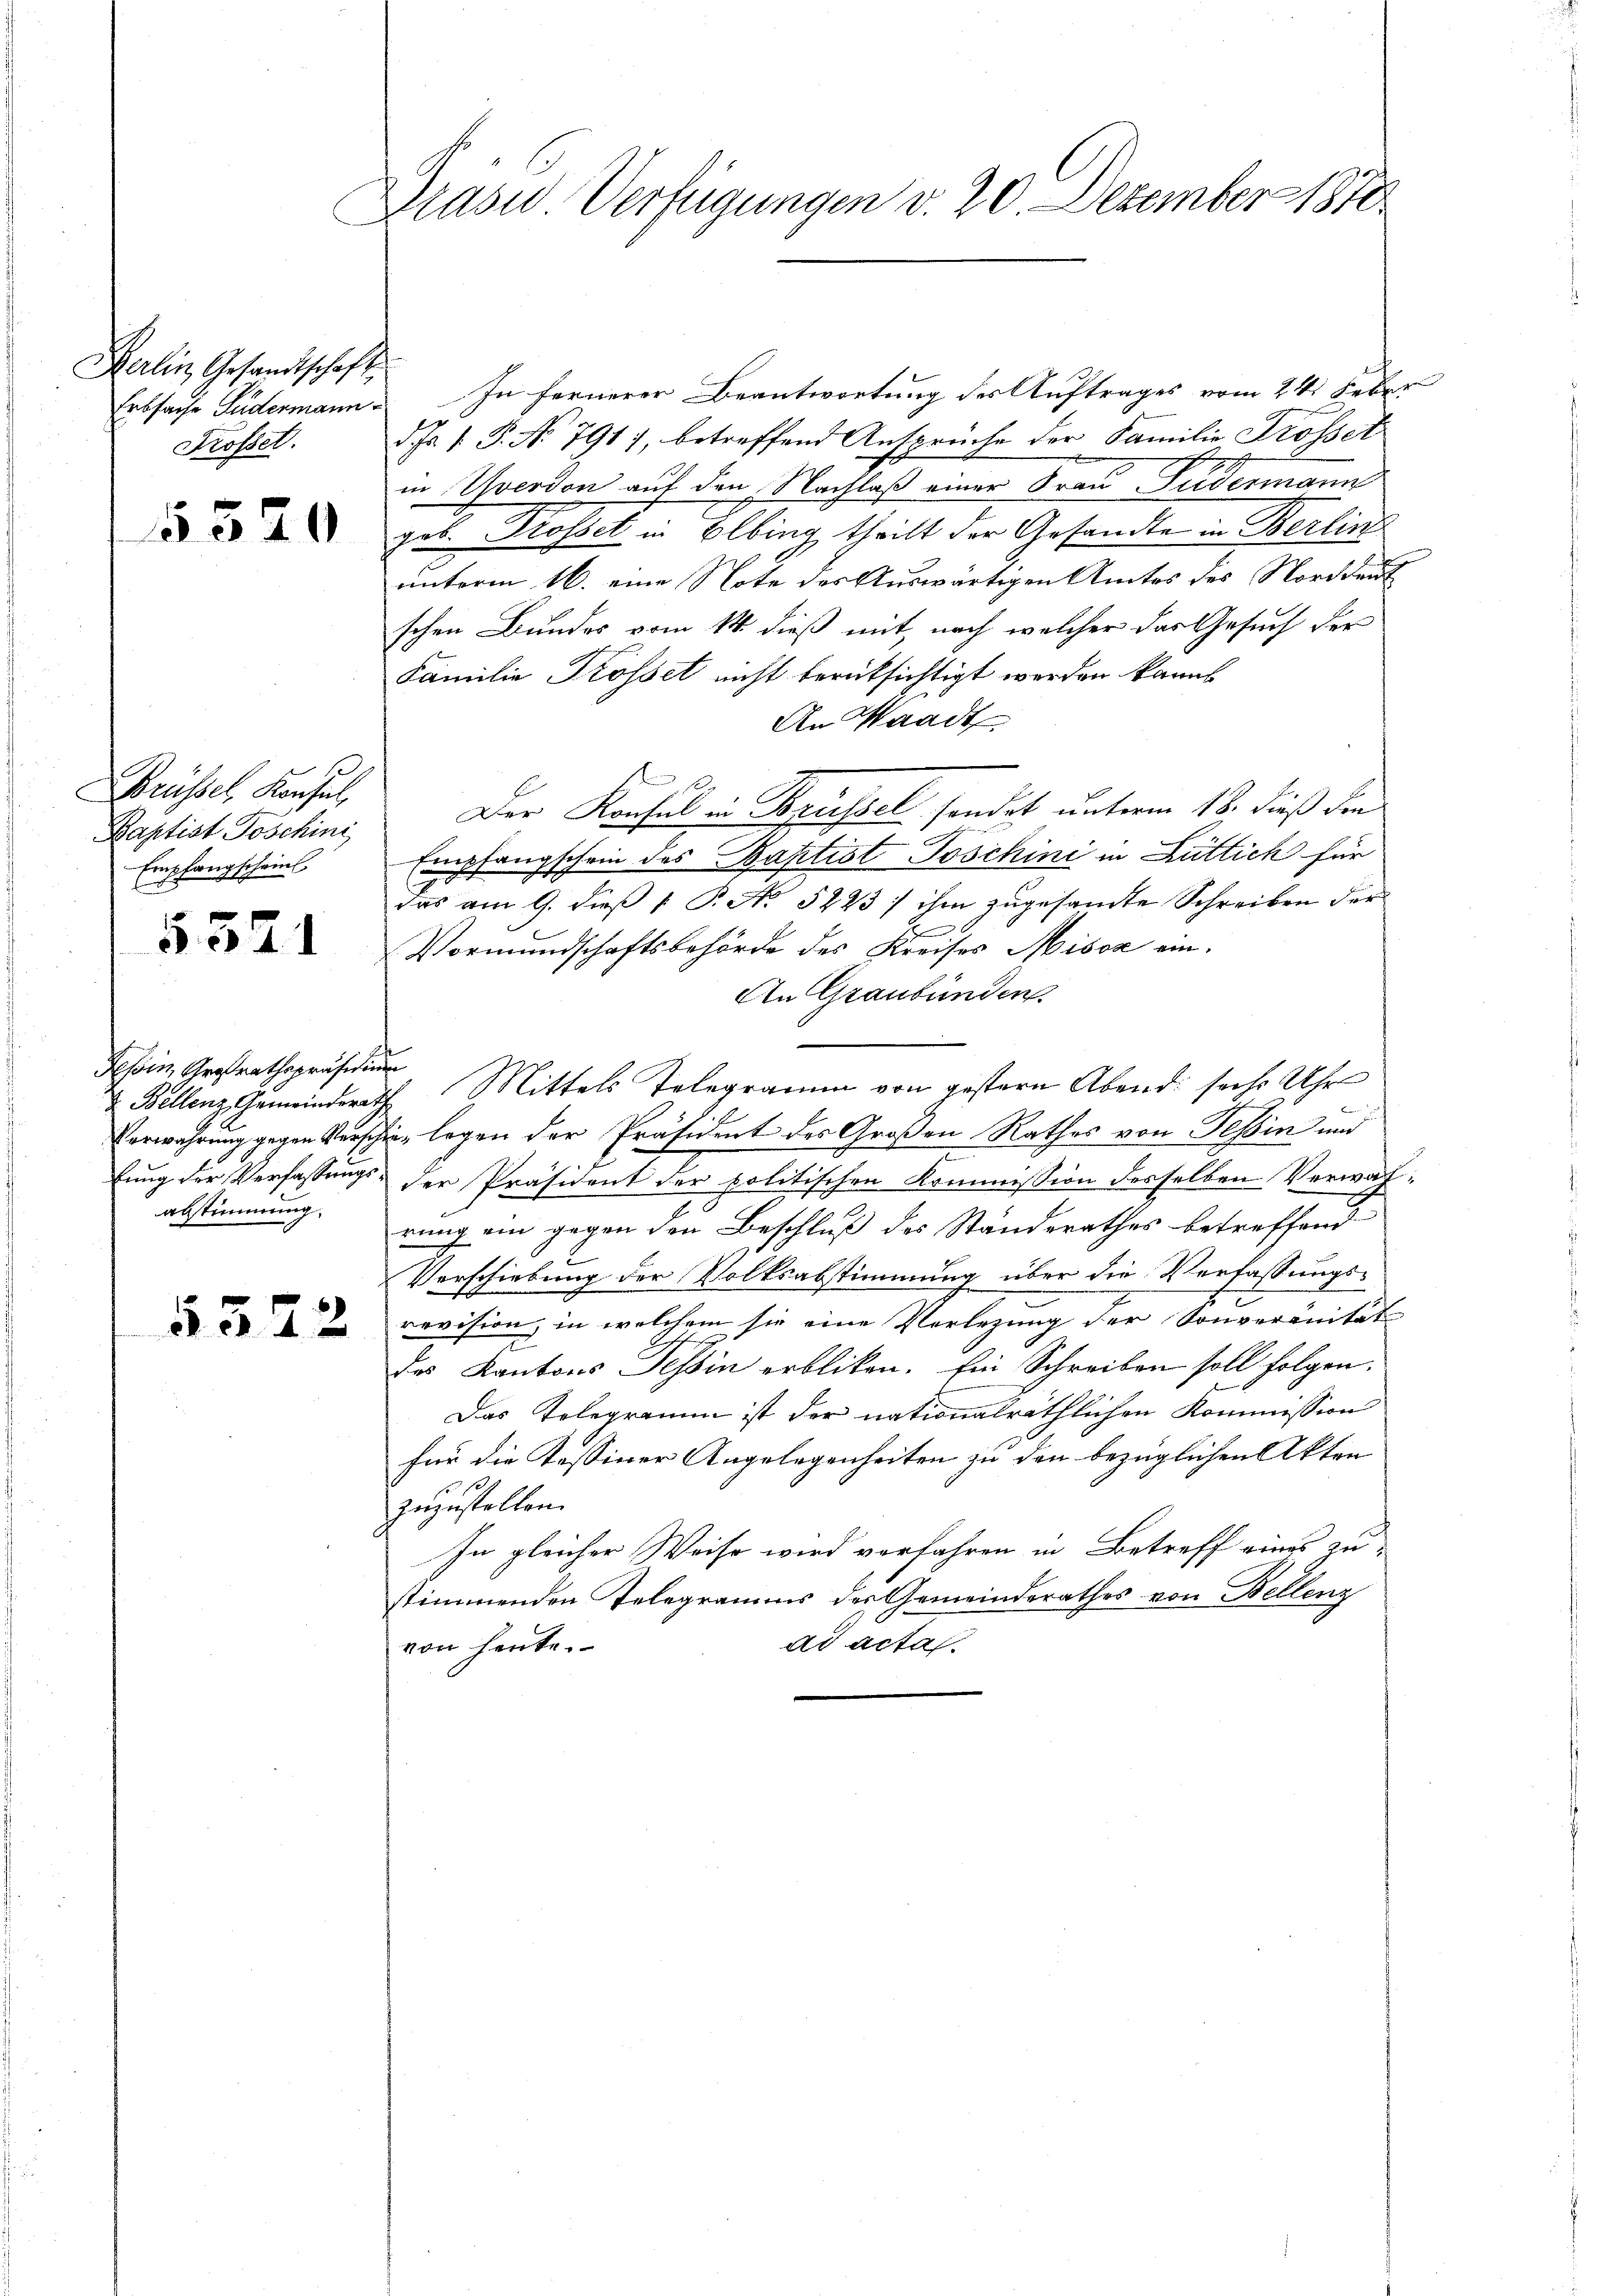
Berlin, Gesandtschaft,
Prossel.

5520

Brüssel, Konsul,
Baptist Poschini
Empfangscheint.

§ 321

Tessin, Argstrathspräsidium
abstimmung.

5322

Präses Verfügungen v. 20. Dezember 1810

Erbsache Fudermann. In fernerer Beantwortung des Auftrages vom 24. Feber
d. Fr. 1. P. No 791), betreffend Ansprüche der Familie Trosset
in Yverdon auf den Nachlaß einer Frau Pudermann
geb. Prossel in Elbing theilt der Gesandte in Berlin
unterm 16. eine Note der Auswärtigen Amtes des Norddeut
schen Bundes vom 14. dieß mit, nach welcher das Gesuch der
Familie Trossel nicht berüksichtigt werden kannt
An Waadt
.
Der Konsul in Brüssel sondet unterm 18. dieß den
Empfangschein des Baptist Poschini in Lüttich für
das am 9. dieß P. No 5223/ ihm zugesandte Schreiben der
Vormundschaftsbehörde des Kreises Misca ein.
An Graubünden.
Bellenz Gemeinderats Mittels Telegramm von gestern Abend sechs Uhr
Verwahrung gegen Verschien legen der Präsident des Großen Rathes von Tessin und
e
lung der Verfassungs- der Präsident der politischen Kommission desselben Verwahrung ein gegen den Beschluß des Standerathes betreffend
Verschiebung der Volksabstimmung über die Verfassungs-
revision, in welchem sie eine Vorlegung der Sonveränität
Des Kantons Tessin erbliken. Ein Schreiben soll folgen.
Das Telegramm ist der nationalräthlichen Kommission
für die Tessiner Angelegenheiten zu den bezüglichen Akten
zuzustellen.
In gleicher Weise wird verfahren in Betreff eines zu
stimmenden Telegramms des Gemeinderathes von Bellenz
ad acta.
von heute.